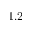
\times 1 . 2